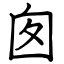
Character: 囱